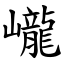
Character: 巄